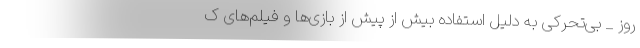
روز _ بی‌تحرکی به دلیل استفاده بیش از پیش از بازی‌ها و فیلم‌های ک